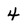
Character: 4